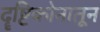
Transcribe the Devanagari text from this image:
दॄष्टिकोनातून